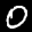
Label: 0